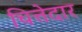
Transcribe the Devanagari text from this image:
चित्तेदार